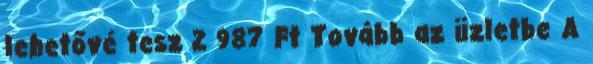
lehetővé tesz 2 987 Ft Tovább az üzletbe A